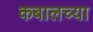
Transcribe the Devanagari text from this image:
कबालच्या